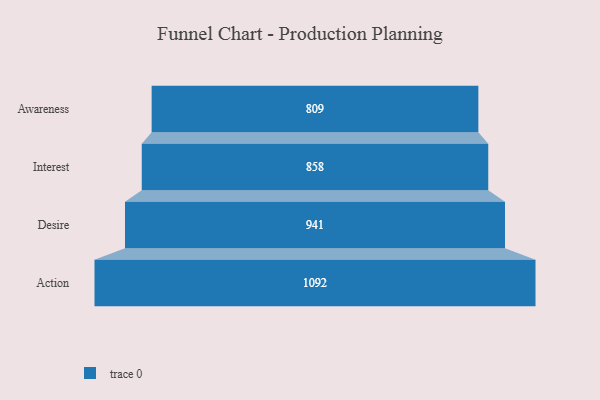
{"axis": {"x": "Stage", "y": "Value"}, "legend": [""], "data": [{"x": "Awareness", "y": 809.0, "type": ""}, {"x": "Interest", "y": 858.0, "type": ""}, {"x": "Desire", "y": 941.0, "type": ""}, {"x": "Action", "y": 1092.0, "type": ""}]}